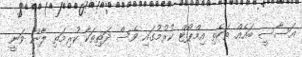
އަސާސީ ބައެއް ތަކެތި އިމްޕޯޓް ކުރުމުގައި ވެސް ދަތިތަކާ ކުރިމަތި ލާން ވަނީ